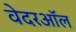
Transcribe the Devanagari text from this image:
वेदरऑल